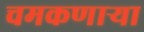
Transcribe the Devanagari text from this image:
चमकणार्‍या